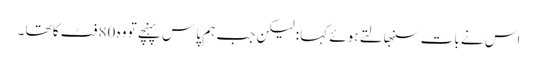
اس نے بات سنبھالتے ہوئے کہا : لیکن جب ہم پاس پہنچے تو وہ 80 فٹ کا تھا ۔